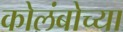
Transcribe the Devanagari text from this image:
कोलंबोच्या